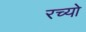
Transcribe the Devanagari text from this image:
रच्यो